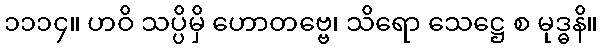
၁၁၁၄။ ဟဝိ သပ္ပိမှိ ဟောတဗ္ဗေ၊ သိရော သေဋ္ဌေ စ မုဒ္ဓနိ။